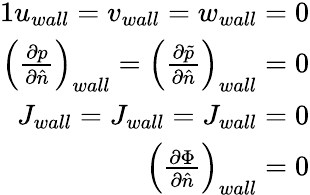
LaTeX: \begin{array}{r}{{1}u_{wall}=v_{wall}=w_{wall}=0}\\ {\left(\frac{\partial p}{\partial\hat{n}}\right)_{wall}=\left(\frac{\partial\tilde{p}}{\partial\hat{n}}\right)_{wall}=0}\\ {J_{wall}=J_{wall}=J_{wall}=0}\\ {\left(\frac{\partial\Phi}{\partial\hat{n}}\right)_{wall}=0}\end{array}